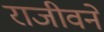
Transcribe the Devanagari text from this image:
राजीवने